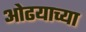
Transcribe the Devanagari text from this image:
ओढयाच्या